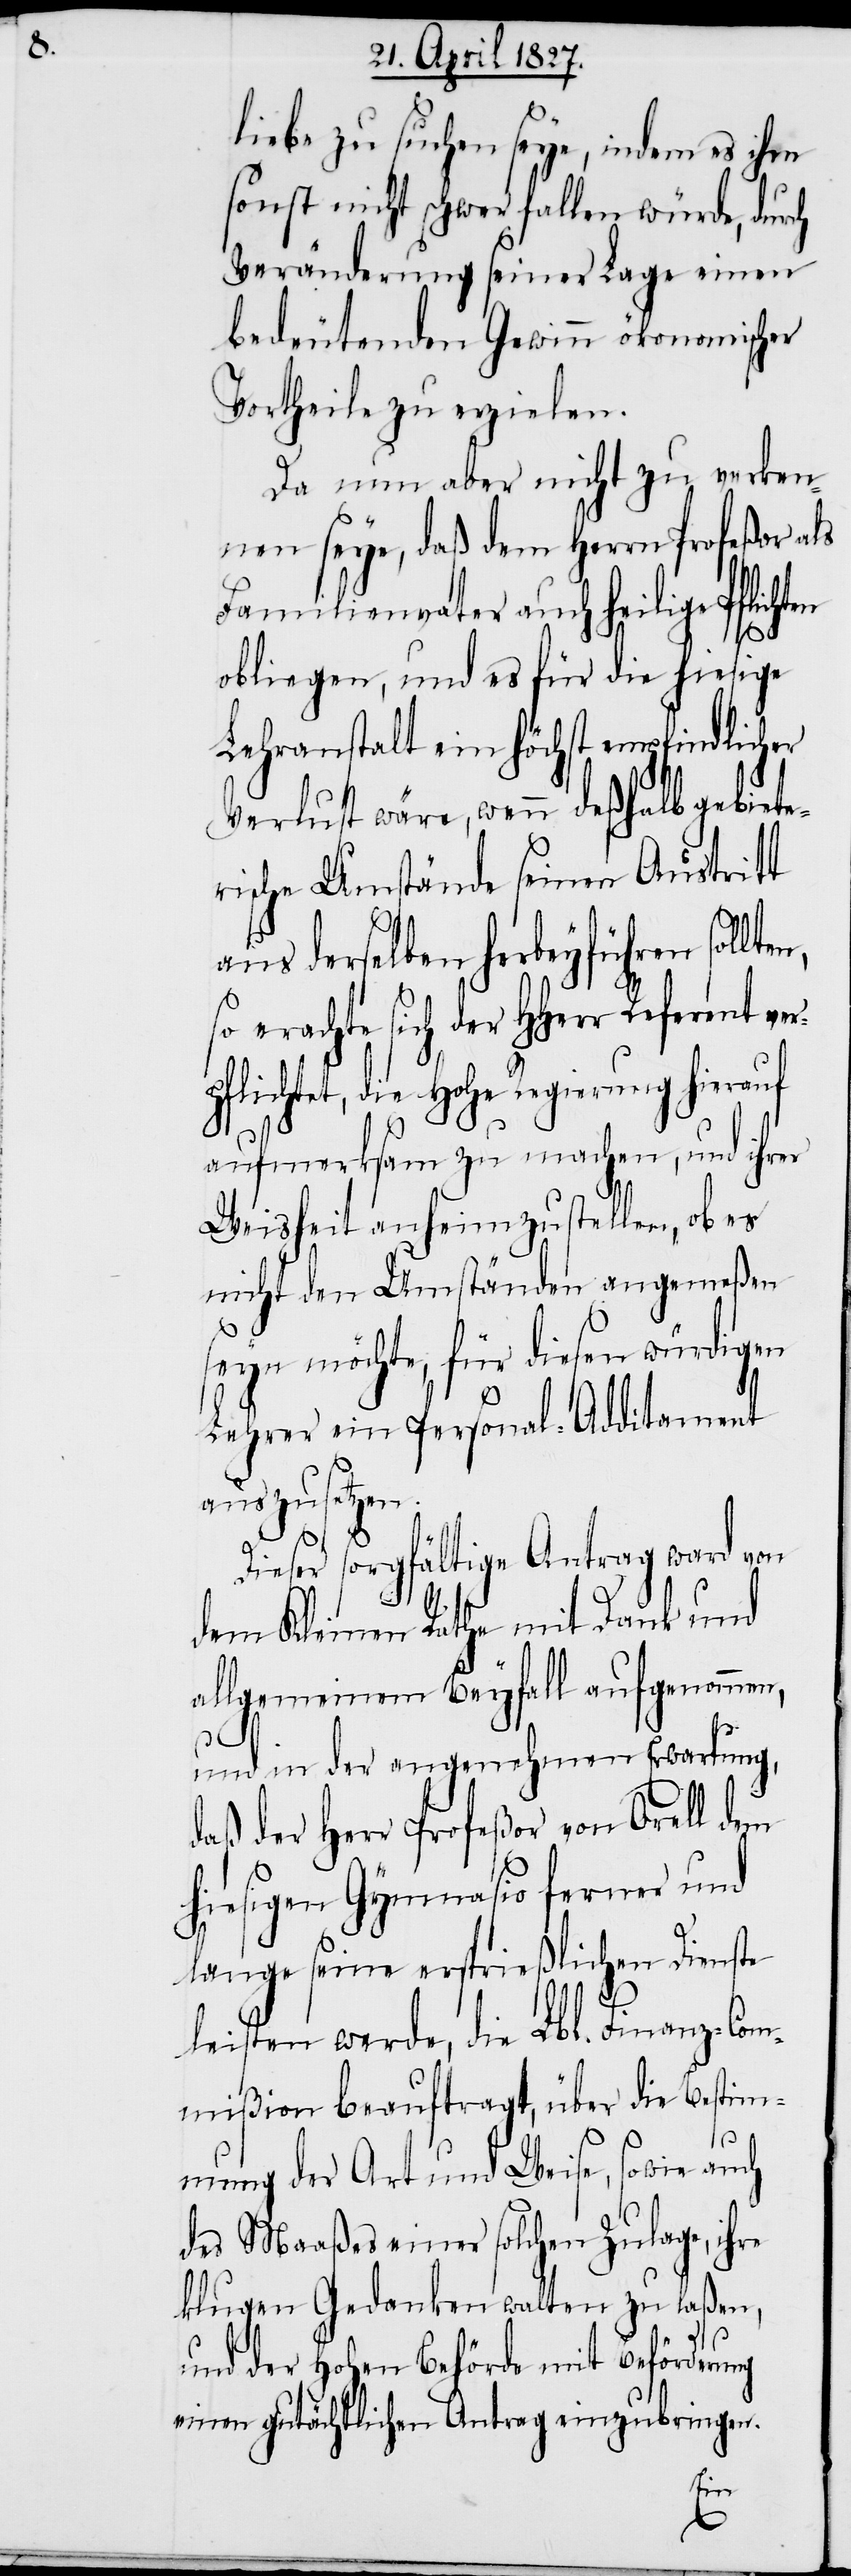
p¬

liebe zu suchen seye, indem es ihm
sonst nicht schwer fallen würde, durch
Veränderung seiner Lage einen
bedeutenden Gewinn ökonomischer
Vortheile zu erzielen.
Da nun aber nicht zu verken¬
nen seye, daß dem Herrn Profeßor als
Familienvater auch heilige Pflicht¬
obliegen, und es für die hiesige
Lehranstalt ein höchst empfindlicher
Verlust wäre, wenn deßhalb gebiete¬
rische Umstände seinen Austritt
aus derselben herbeyführen sollt¬
so erachte sich der HHerr Referent ver¬
flichtet, die Hohe Regierung hierauf
aufmerksam zu machen, und ihrer
Weisheit anheimzustellen, ob es
nicht den Umständen angemeßen
seyn möchte, für diesen würdigen
Lehrer ein Personal-Additament
auszusetzen.
Dieser sorgfältige Antrag war von
dem Kleinen Rathe mit Dank und
allgemeinem Beyfall aufgenommen,
und in der angenehmen Erwartung,
daß der Herr Profeßor von Orell dem
hiesigen Gymnasio ferner und
lange seine ersprießlichen Dienste
leisten werde, die Lbl. Finanz-Com¬
mißion beauftragt, über die Bestim¬
mung der Art und Weise, sowie auch
des Maaßes einer solchen Zulage, ihre
klugen Gedanken walten zu laßen,
und der Hohen Behörde mit Beförderung
einen gutächtlichen Antrag einzubringen.
en,